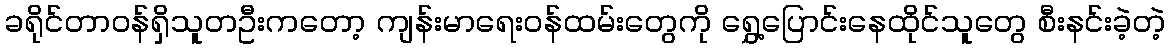
ခရိုင်တာဝန်ရှိသူတဦးကတော့ ကျန်းမာရေးဝန်ထမ်းတွေကို ရွှေ့ပြောင်းနေထိုင်သူတွေ စီးနင်းခဲ့တဲ့